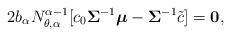
LaTeX: \begin{align*}2b_\alpha N_{\theta,\alpha}^{\alpha -1}[c_0 \boldsymbol{\Sigma}^{-1}\boldsymbol{\mu}-\boldsymbol{\Sigma}^{-1}\tilde{c}]= \bf{0},\end{align*}